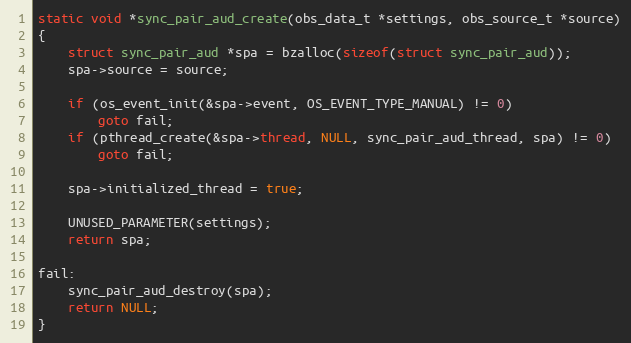
Language: C
static void *sync_pair_aud_create(obs_data_t *settings, obs_source_t *source)
{
	struct sync_pair_aud *spa = bzalloc(sizeof(struct sync_pair_aud));
	spa->source = source;

	if (os_event_init(&spa->event, OS_EVENT_TYPE_MANUAL) != 0)
		goto fail;
	if (pthread_create(&spa->thread, NULL, sync_pair_aud_thread, spa) != 0)
		goto fail;

	spa->initialized_thread = true;

	UNUSED_PARAMETER(settings);
	return spa;

fail:
	sync_pair_aud_destroy(spa);
	return NULL;
}